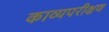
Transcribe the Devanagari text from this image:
काव्यपरीक्षण